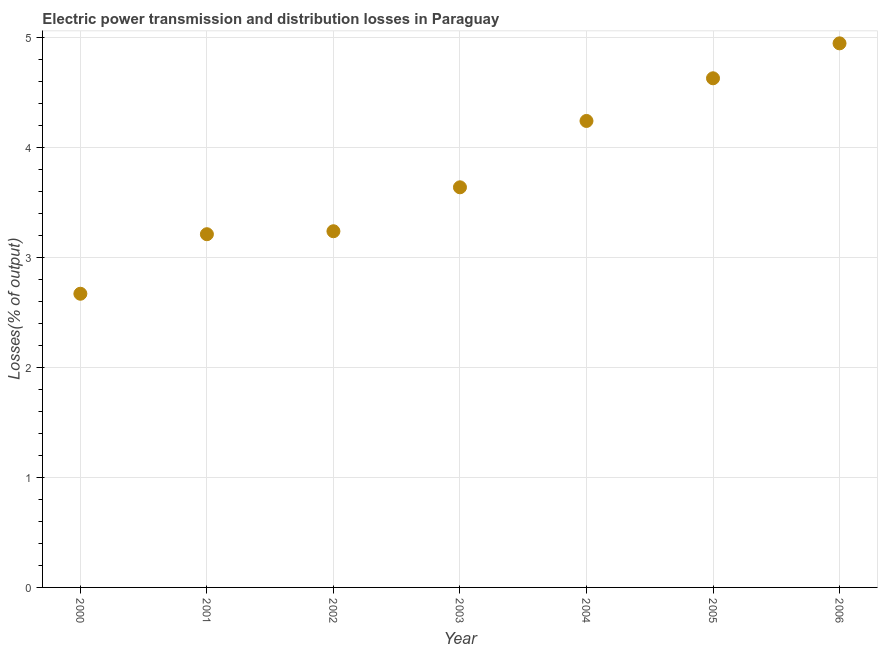
| Year | Electric power transmission and distribution losses |
 | --- | --- |
 | 2000 | 2.67 |
 | 2001 | 3.21 |
 | 2002 | 3.24 |
 | 2003 | 3.64 |
 | 2004 | 4.24 |
 | 2005 | 4.63 |
 | 2006 | 4.95 |